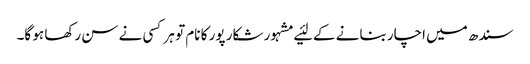
سندھ میں‌ اچار بنانے کے لئیے مشہور شکار پور کا نام تو ہر کسی نے سن رکھا ہو گا۔